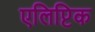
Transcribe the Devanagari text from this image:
एलिप्टिक